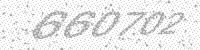
Solution: 660702